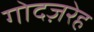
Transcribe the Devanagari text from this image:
गोदज़रेह